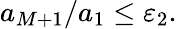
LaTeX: a_{M+1}/a_{1}\leq\varepsilon_{2}.